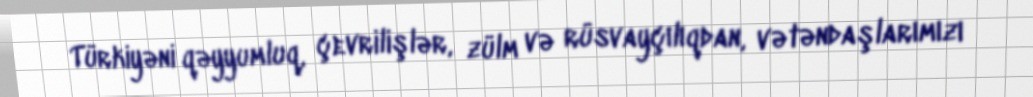
Türkiyəni qəyyumluq, çevrilişlər, zülm və rüsvayçılıqdan, vətəndaşlarımızı